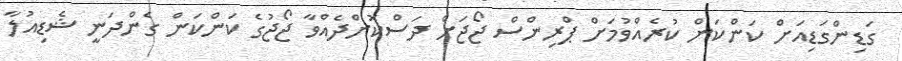
ގަޑިންގަޑިއަށް ކަންކަން ކުރެއްވުމަށް ޕްރިންސް ޖޯޖަށް ދަސްކޮށްދެއްވާ ޖޯޖުގެ ކަންކަން ގެންދަނީ ޝެޑިއުލާ